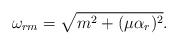
LaTeX: \begin{align*}\omega_{rm} = \sqrt{ m^2 + (\mu\alpha_r)^2}.\end{align*}